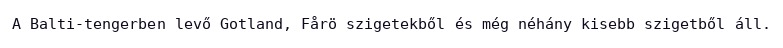
A Balti-tengerben levő Gotland, Fårö szigetekből és még néhány kisebb szigetből áll.